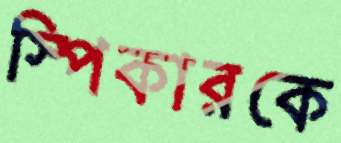
স্পিকারকে